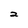
Character: 2